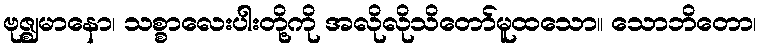
ဗုဇ္ဈမာနော၊ သစ္စာလေးပါးတို့ကို အလိုလိုသိတော်မူထသော။ သောဘိတော၊